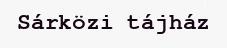
Sárközi tájház